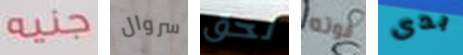
جنيه سروال لحق قوته بدى